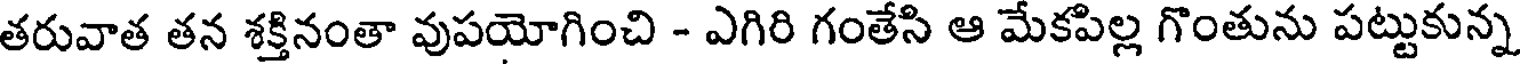
తరువాత తన శక్తినంతా వుపయోగించి - ఎగిరి గంతేసి ఆ మేకపిల్ల గొంతును పట్టుకున్న